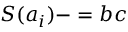
S ( a _ { i } ) - = b c